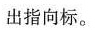
出指向标。